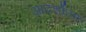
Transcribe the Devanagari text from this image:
आदर्शोतम